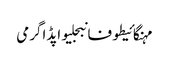
مہنگائیطوفانبجلیواپڈاگرمی